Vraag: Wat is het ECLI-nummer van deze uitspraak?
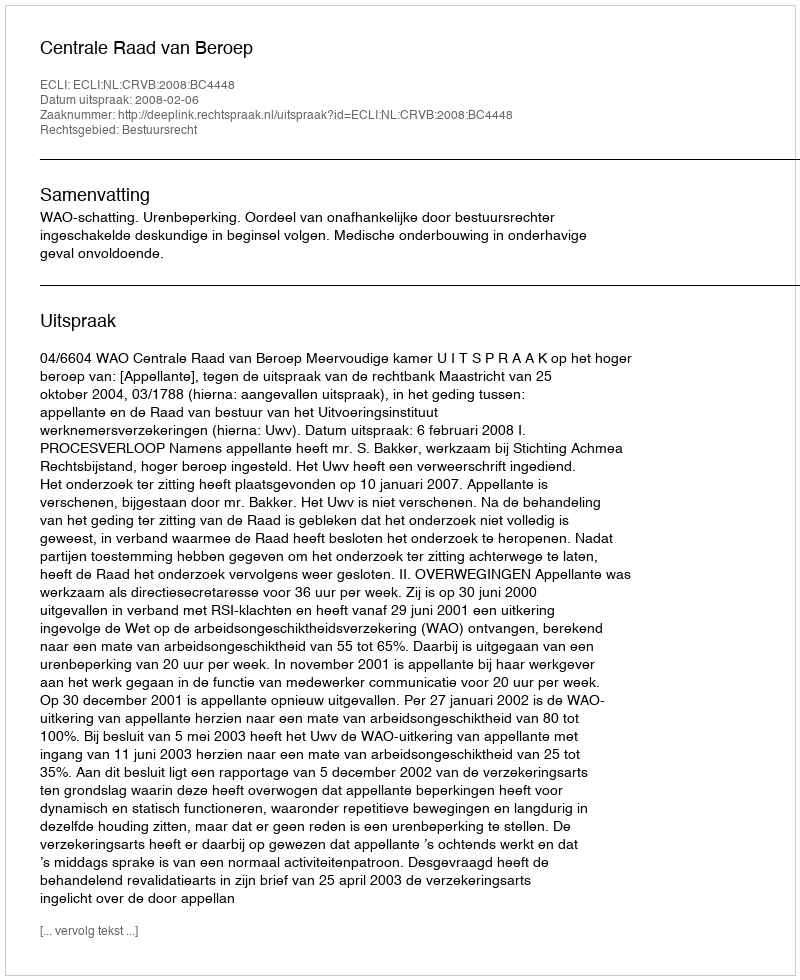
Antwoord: ECLI:NL:CRVB:2008:BC4448